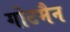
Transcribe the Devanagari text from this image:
गोटमैन